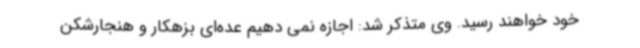
خود خواهند رسید. وی متذکر شد: اجازه نمی دهیم عده‌ای بزهکار و هنجارشکن